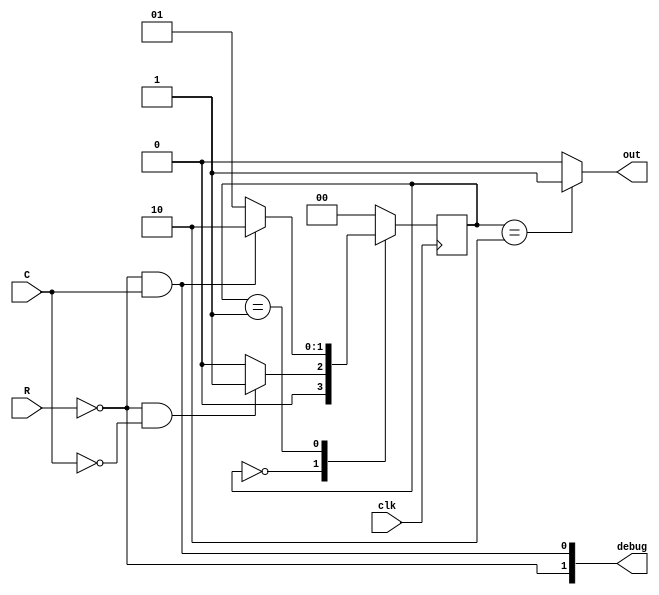
module edge_det (
  input R,
  input C,
  input clk,
  output out,
  output [1:0] debug
);

parameter IDLE          = 2'b00;
parameter WAIT_RELEASE  = 2'b01;
parameter OUTPUT_HIGH_0 = 2'b10;

reg [1:0] state = 0;

reg out;

reg [1:0] next_state;

assign debug = {~R, ~R & C};

always @ (*) begin
  case (state)
    IDLE: begin
      next_state = (~R & ~C) ? WAIT_RELEASE : IDLE;
      out = 0;
    end  
    WAIT_RELEASE: begin
      next_state = (~R & C) ? OUTPUT_HIGH_0 : WAIT_RELEASE;
      out = 0;
    end
    OUTPUT_HIGH_0: begin
      next_state = IDLE;
      out = 1;
    end
    default: begin
      next_state = IDLE;
      out = 0;
    end
  endcase
end

always @ (posedge clk) begin
  state <= next_state;
end

endmodule